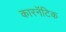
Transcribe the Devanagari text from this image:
कारनॅटिक